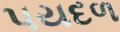
પયદળ